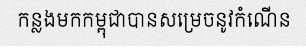
កន្លងមកកម្ពុជាបានសម្រេចនូវកំណើន